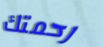
رحمتك